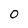
Character: O